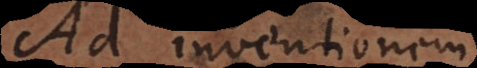
Ad inventionem